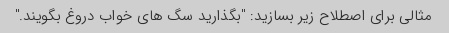
مثالی برای اصطلاح زیر بسازید: "بگذارید سگ های خواب دروغ بگویند."